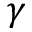
\gamma